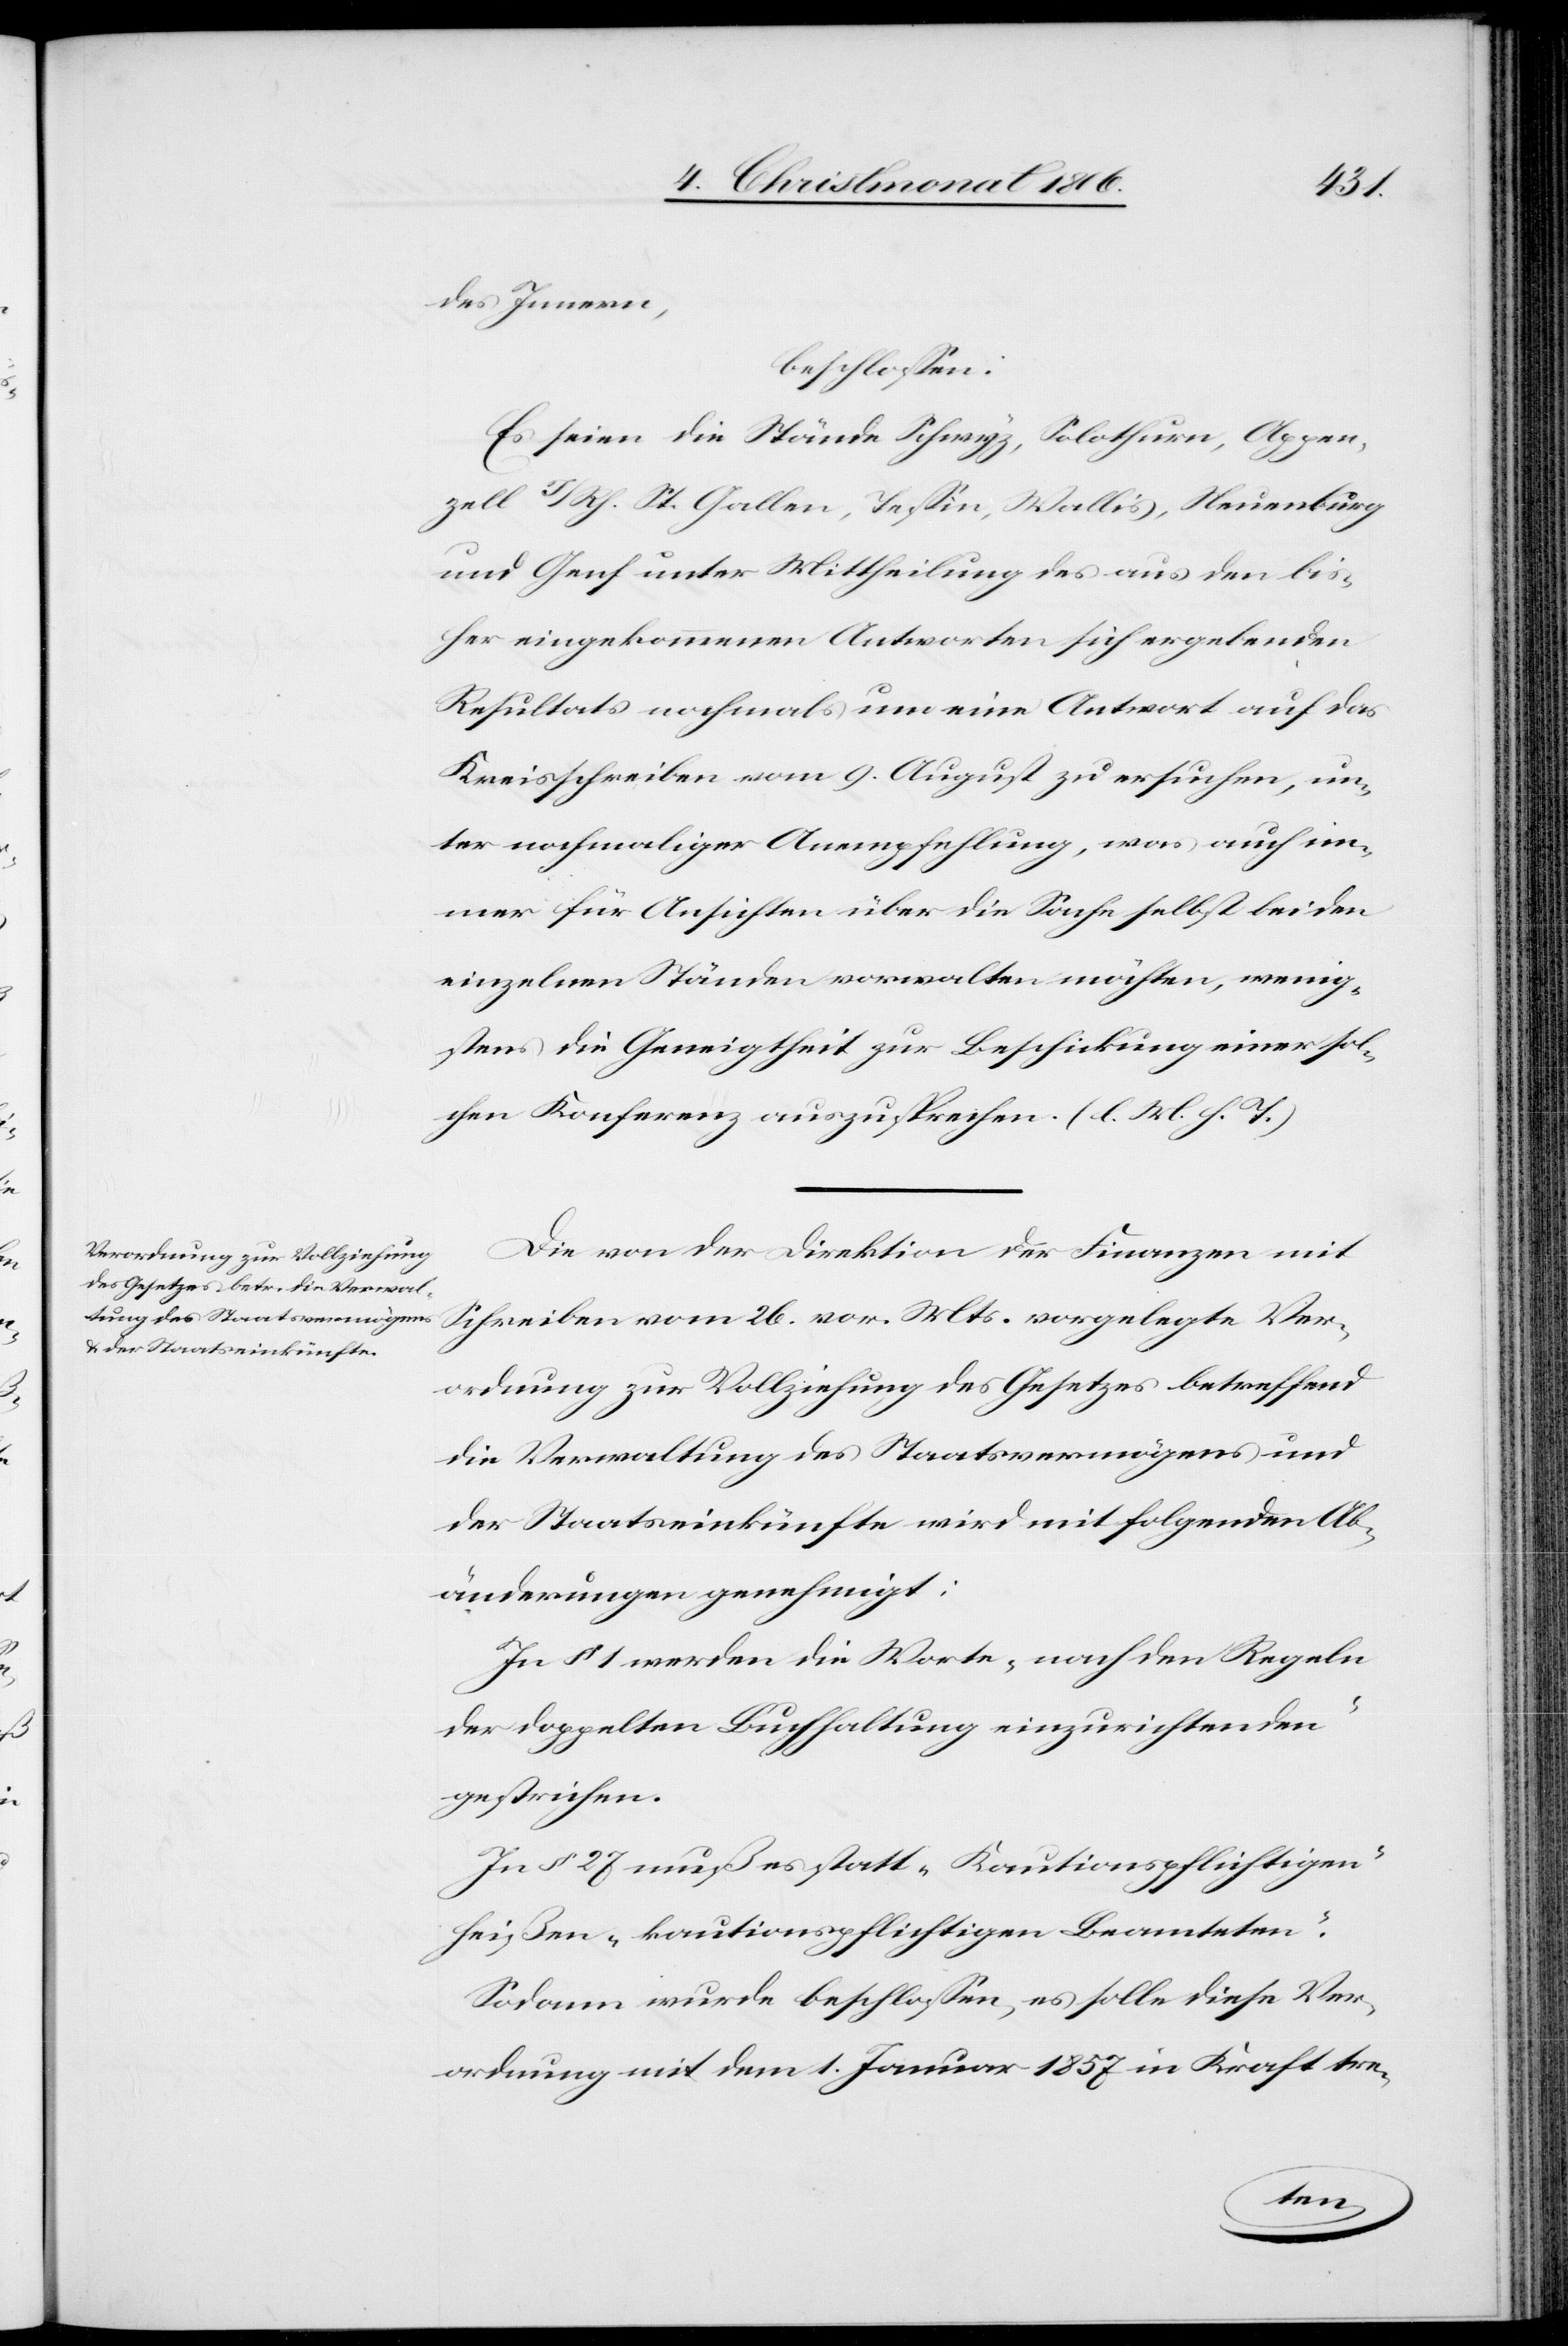
Ver¬
des Innern,
beschlossen:
Es seien die Stände Schwyz, Solothurn, Appen¬
zell I/Rh.[,] St. Gallen, Tessin, Wallis, Neuenburg
und Genf unter Mittheilung des aus den bis¬
her eingekommenen Antworten sich ergebenden
Resultats nochmals um eine Antwort auf das
Kreisschreiben vom 9. August zu ersuchen, un¬
ter nochmaliger Anempfehlung, was auch im¬
mer für Ansichten über die Sache selbst bei den
einzelnen Ständen vorwalten möchten, wenig¬
stens die Geneigtheit zur Beschickung einer sol¬
chen Konferenz auszusprechen. (l. M. h. T.)
Die von der Direktion der Finanzen mit
ordnung zur Vollziehung des Gesetzes betreffend
26.
die Verwaltung des Staatsvermögens und
der Staatseinkünfte wird mit folgenden Ab¬
änderungen genehmigt.
In § 1 werden die Worte „nach den Regeln
der doppelten Buchhaltung einzurichtenden“
gestrichen.
In § 27 muß es statt „Kautionspflichtigen“
heißen „kautionspflichtigen Beamteten“.
Sodann wurde beschlossen, es solle diese Ver¬
ordnung mit dem 1. Januar 1857 in Kraft tre-